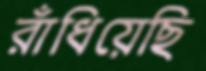
রাঁধিয়েছি